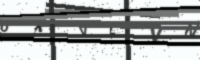
Text: 6XVLVN